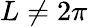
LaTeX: L\neq 2\pi